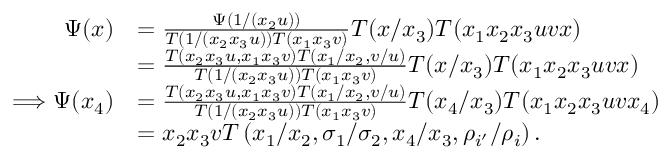
\begin{array} { r l } { \Psi ( x ) } & { = \frac { \Psi ( 1 / ( x _ { 2 } u ) ) } { T ( 1 / ( x _ { 2 } x _ { 3 } u ) ) T ( x _ { 1 } x _ { 3 } v ) } T ( x / x _ { 3 } ) T ( x _ { 1 } x _ { 2 } x _ { 3 } u v x ) } \\ & { = \frac { T ( x _ { 2 } x _ { 3 } u , x _ { 1 } x _ { 3 } v ) T ( x _ { 1 } / x _ { 2 } , v / u ) } { T ( 1 / ( x _ { 2 } x _ { 3 } u ) ) T ( x _ { 1 } x _ { 3 } v ) } T ( x / x _ { 3 } ) T ( x _ { 1 } x _ { 2 } x _ { 3 } u v x ) } \\ { \Longrightarrow \Psi ( x _ { 4 } ) } & { = \frac { T ( x _ { 2 } x _ { 3 } u , x _ { 1 } x _ { 3 } v ) T ( x _ { 1 } / x _ { 2 } , v / u ) } { T ( 1 / ( x _ { 2 } x _ { 3 } u ) ) T ( x _ { 1 } x _ { 3 } v ) } T ( x _ { 4 } / x _ { 3 } ) T ( x _ { 1 } x _ { 2 } x _ { 3 } u v x _ { 4 } ) } \\ & { = x _ { 2 } x _ { 3 } v T \left( x _ { 1 } / x _ { 2 } , \sigma _ { 1 } / \sigma _ { 2 } , x _ { 4 } / x _ { 3 } , \rho _ { i ^ { \prime } } / \rho _ { i } \right) . } \end{array}